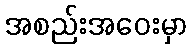
အစည်းအဝေးမှာ